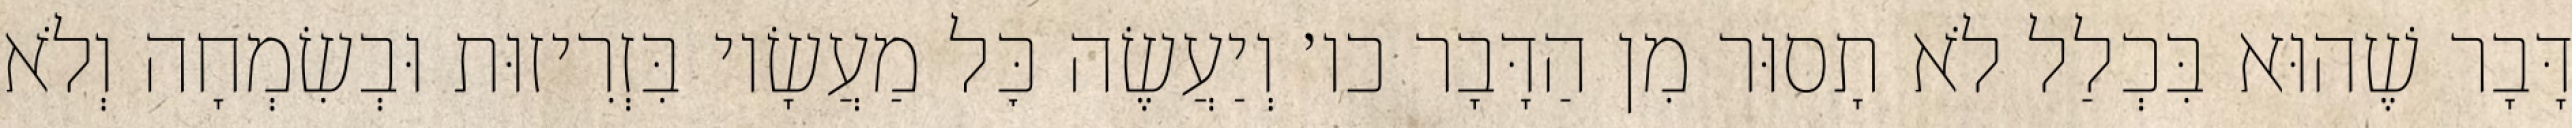
דָּבָר שֶׁהוּא בִּכְלַל לֹא תָסוּר מִן הַדָּבָר כו׳ וְיַעֲשֶׂה כׇּל מַעֲשָׂיו בִּזְרִיזוּת וּבְשִׂמְחָה וְלֹא